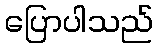
ပြောပါသည်